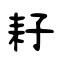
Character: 耔